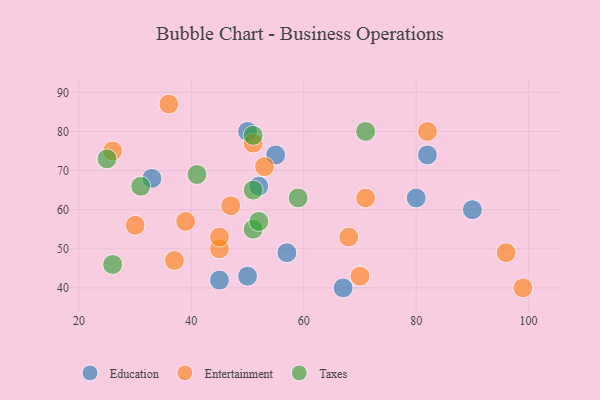
{"axis": {"x": "GDP", "y": "Life Expectancy"}, "legend": ["Education", "Entertainment", "Taxes"], "data": [{"x": "82", "y": 74, "type": "Education"}, {"x": "80", "y": 63, "type": "Education"}, {"x": "90", "y": 60, "type": "Education"}, {"x": "50", "y": 43, "type": "Education"}, {"x": "55", "y": 74, "type": "Education"}, {"x": "33", "y": 68, "type": "Education"}, {"x": "52", "y": 66, "type": "Education"}, {"x": "50", "y": 80, "type": "Education"}, {"x": "57", "y": 49, "type": "Education"}, {"x": "67", "y": 40, "type": "Education"}, {"x": "45", "y": 42, "type": "Education"}, {"x": "36", "y": 87, "type": "Entertainment"}, {"x": "53", "y": 71, "type": "Entertainment"}, {"x": "30", "y": 56, "type": "Entertainment"}, {"x": "82", "y": 80, "type": "Entertainment"}, {"x": "47", "y": 61, "type": "Entertainment"}, {"x": "39", "y": 57, "type": "Entertainment"}, {"x": "96", "y": 49, "type": "Entertainment"}, {"x": "45", "y": 50, "type": "Entertainment"}, {"x": "51", "y": 77, "type": "Entertainment"}, {"x": "37", "y": 47, "type": "Entertainment"}, {"x": "68", "y": 53, "type": "Entertainment"}, {"x": "71", "y": 63, "type": "Entertainment"}, {"x": "70", "y": 43, "type": "Entertainment"}, {"x": "99", "y": 40, "type": "Entertainment"}, {"x": "45", "y": 53, "type": "Entertainment"}, {"x": "26", "y": 75, "type": "Entertainment"}, {"x": "26", "y": 46, "type": "Taxes"}, {"x": "51", "y": 79, "type": "Taxes"}, {"x": "71", "y": 80, "type": "Taxes"}, {"x": "51", "y": 55, "type": "Taxes"}, {"x": "52", "y": 57, "type": "Taxes"}, {"x": "31", "y": 66, "type": "Taxes"}, {"x": "59", "y": 63, "type": "Taxes"}, {"x": "41", "y": 69, "type": "Taxes"}, {"x": "51", "y": 65, "type": "Taxes"}, {"x": "25", "y": 73, "type": "Taxes"}]}